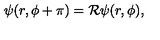
\psi ( r , \phi + \pi ) = { \cal R } \psi ( r , \phi ) ,